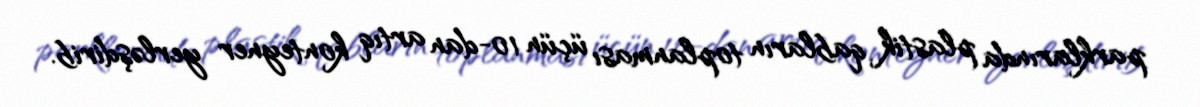
parklarında plastik qabların toplanması üçün 10-dan artıq konteyner yerləşdirib.